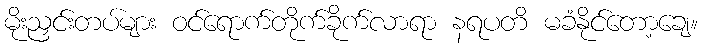
မိုးညှင်းတပ်များ ဝင်ရောက်တိုက်ခိုက်လာရာ နရပတိ မခံနိုင်တော့ချေ။